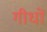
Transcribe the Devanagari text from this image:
गीधों